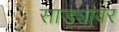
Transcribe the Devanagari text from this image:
साड्यांवर